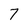
Character: 7